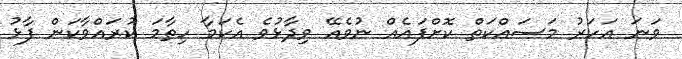
ވަނަ އަހަރު މަސައްކަތް ކޮށްފައެއް ނުވެއޭ ވިދާޅުވެ އެކަމާ ހިތާމަ ކުރައްވާކަން ފާޅު